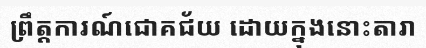
ព្រឹត្តការណ៍ជោគជ័យ ដោយក្នុងនោះតារា